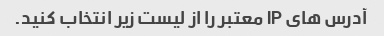
آدرس های IP معتبر را از لیست زیر انتخاب کنید.